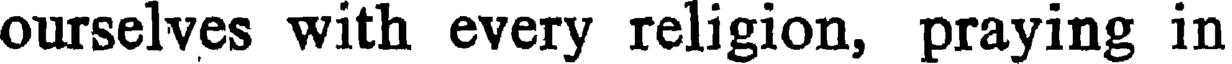
ourselves with every religion, praying in